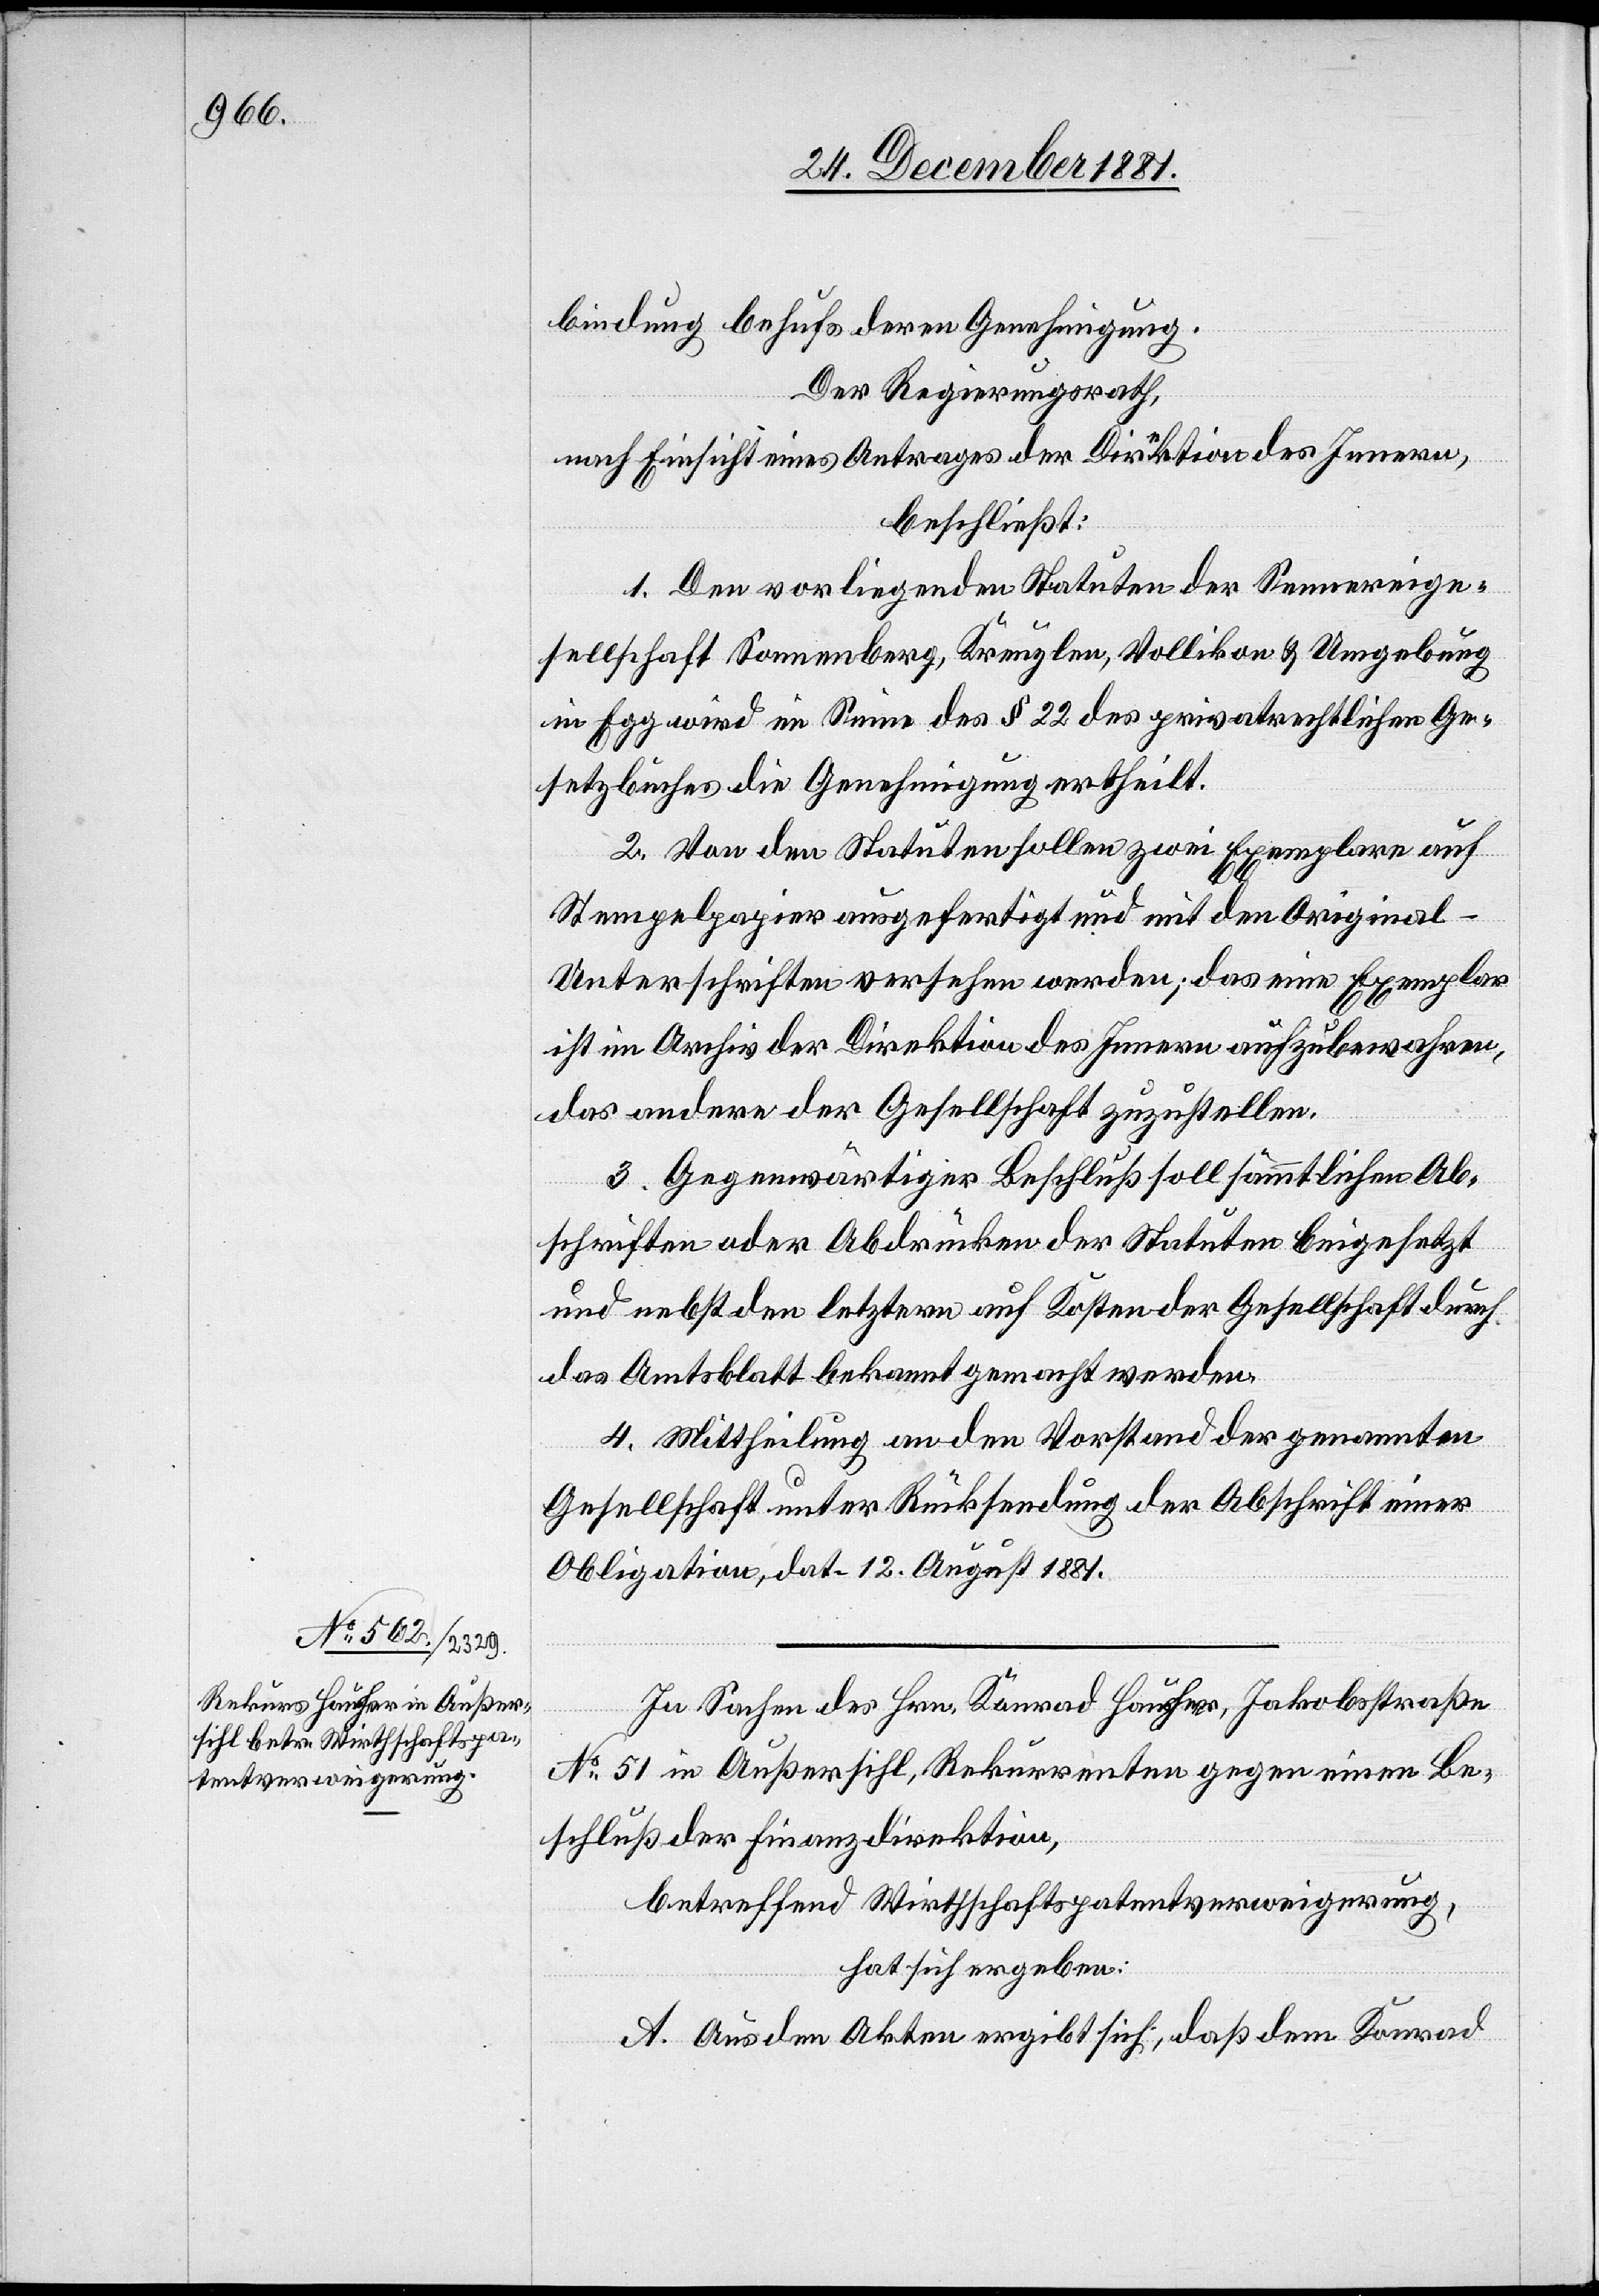
bindung behufs deren Genehmigung.
Der Regierungsrath;
nach Einsicht eines Antrages der Direktion des Innern,
beschließt:
1. Den vorliegenden Statuten der Sennereige¬
sellschaft Sonnenberg, Kreuzlen, Vollikon & Umgebung
in Egg wird im Sinne des § 22 des privatrechtlichen Ge¬
setzbuches die Genehmigung ertheilt.
2. Von den Statuten sollen zwei Exemplare auf
Stempelpapier ausgefertigt und mit den Origina¬
l-Unterschriften versehen werden; das eine Exemplar
ist im Archiv der Direktion des Innern aufzubewahren,
das andere der Gesellschaft zuzustellen.
3. Gegenwärtiger Beschluß soll sämmtlichen Ab¬
schriften oder Abdrücken der Statuten beigesetzt
und nebst den letztern auf Kosten der Gesellschaft durch
das Amtsblatt bekannt gemacht werden.
4. Mittheilung an den Vorstand der genannten
Gesellschaft unter Rücksendung der Abschrift einer
Obligation, dat. 12. August 1881.
In Sachen des Hrn. Konrad Hausheer, Jakobsstraße
No 51 in Außersihl, Rekurrenten gegen einen Be¬
schluß der Finanzdirektion,
betreffend Wirthschaftspatentverweigerung,
hat sich ergeben:
A. Aus den Akten ergibt sich, daß dem Konrad